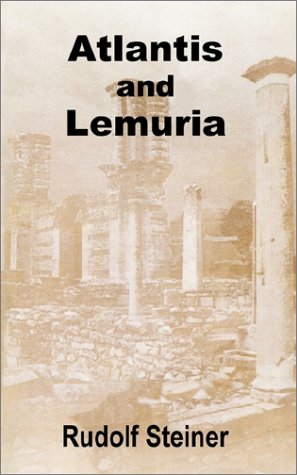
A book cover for Atlantis and Lemuria; Rudolf Steiner; Literature & Fiction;